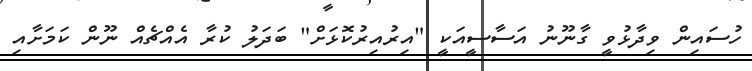
ހުސައިން ވިދާޅުވީ ގާނޫނު އަސާސީއަކީ "އިރުއިރުކޮޅަށް" ބަދަލު ކުރާ އެއްޗެއް ނޫން ކަމަށާއި